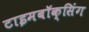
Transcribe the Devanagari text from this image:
टाइमबॉक्सिंग